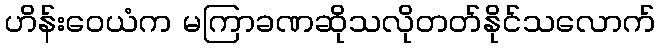
ဟိန်းဝေယံက မကြာခဏဆိုသလိုတတ်နိုင်သလောက်